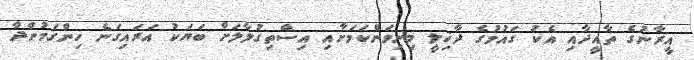
އީރާނުގެ ތާއީދާއި އެކު ގައުމުގެ ދާޚިލީ މިނިވަންކަމަށާއި އިސްތިގުލާލަށް ބަޔަކު އަރައިގަނެ ހިންގަމުންދާ